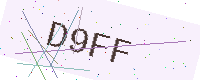
Text: D9FF